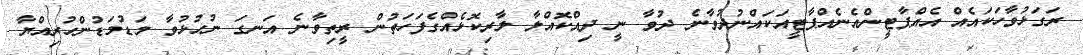
ރަގަޅުވާހަކައެއް އެއްޕާޓީންއެނެއްޕާޓީއަކައްނުދުވާނެ ދުވާ ނީ ދިއްކޮއްލާ ލާރިކޮޅެއްގެފަހަތުން ރީތިވާނެ އަނގަ ނުހުޅުވާ މަޑުމަޑުންހުރިއްޔާ